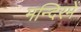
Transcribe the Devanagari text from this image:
मन्दिरमें